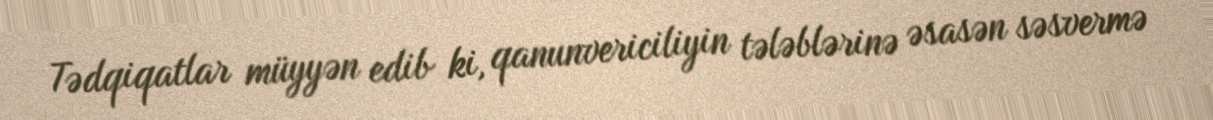
Tədqiqatlar müyyən edib ki, qanunvericiliyin tələblərinə əsasən səsvermə